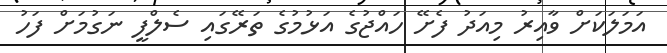
އަމަލަކަށް ވާއިރު މިއަދު ފެށޭ ހައްޖުގެ އަޅުމުގެ ތަރޭގައި ސެލްފީ ނަގުމަށް ފަހު